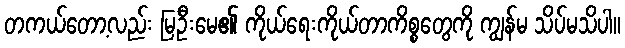
တကယ်တော့လည်း မြဦးမေ၏ ကိုယ်ရေးကိုယ်တာကိစ္စတွေကို ကျွန်မ သိပ်မသိပါ။